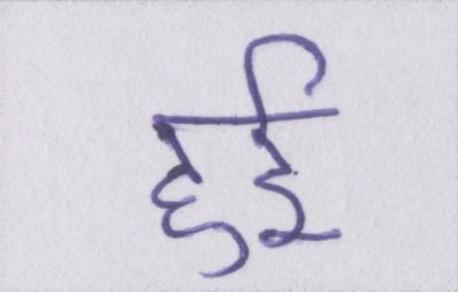
हुर्इ